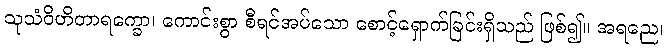
သုသံဝိဟိတာရက္ခော၊ ကောင်းစွာ စီရင်အပ်သော စောင့်ရှောက်ခြင်းရှိသည် ဖြစ်၍။ အရညေ၊